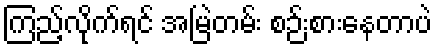
ကြည့်လိုက်ရင် အမြဲတမ်း စဉ်းစားနေတာပဲ